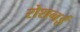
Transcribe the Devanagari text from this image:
रोशनई